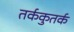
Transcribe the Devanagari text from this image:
तर्ककुतर्क